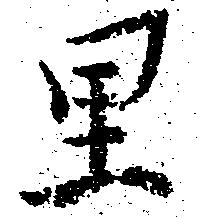
里